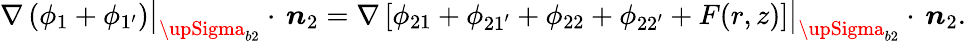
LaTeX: \nabla\left(\phi_{1}+\phi_{1^{\prime}}\right)\big|_{{\upSigma}_{b2}}\cdot\, \boldsymbol{n}_{2}=\nabla\left[\phi_{21}+\phi_{21^{\prime}}+\phi_{22}+\phi_{22^{\prime}}+F(r,z)\right]\big|_{{\upSigma}_{b2}}\cdot\, \boldsymbol{n}_{2}.